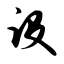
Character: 设